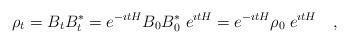
LaTeX: \begin{align*}\rho _t = B_t B^* _t = e^{-\imath t H}B_0 B_0 ^* \; e^{\imath t H} = e^{-\imath t H} \rho _0 \; e^{\imath t H} ~~~ ,\end{align*}